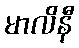
မာလိနီ